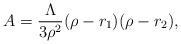
LaTeX: \begin{align*}A =\frac{\Lambda}{3 \rho^2} (\rho-r_1)(\rho-r_2),\end{align*}